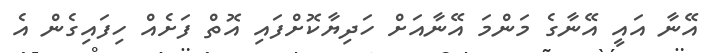
އޭނާ އައީ އޭނާގެ މަންމަ އޭނާއަށް ހަދިޔާކޮށްފައި އޮތް ފަށެއް ހިފައިގެން އެ